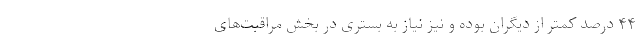
۴۴ درصد کمتر از دیگران بوده و نیز نیاز به بستری در بخش مراقبت‌های